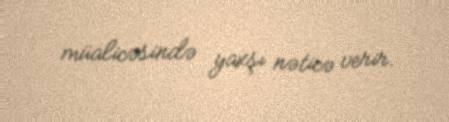
müalicəsində yaxşı nəticə verir.